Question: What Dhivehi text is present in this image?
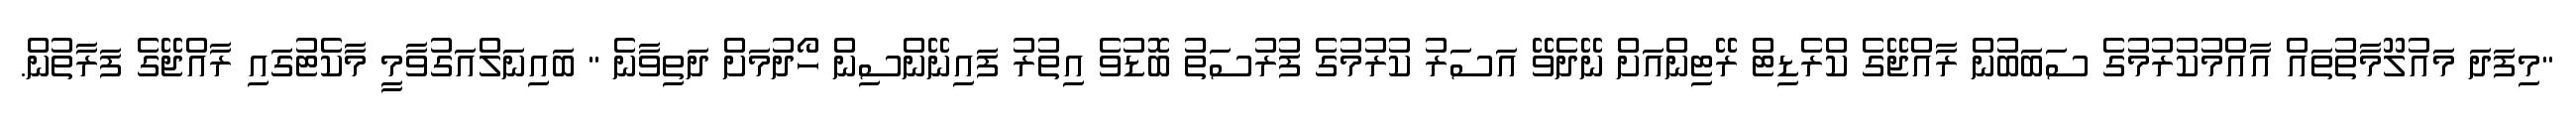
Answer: "މިފަދަ މައުލޫމާތުތައް އާއްމުކުރުމުގެ ސަބަބުން ރާއްޖޭގެ ކްރެޑިޓް ރޭޓިންއަށް ނޭދެވޭ އަސަރު ކުރުމުގެ ފުރުސަތު ބޮޑުވެ އިތުރު ފައިނޭންސިން ހޯދުމަށް ދަތިވާނެ " ބައިނަލްއަގުވާމީ މާކެޓުގައި ރާއްޖޭގެ ފަރާތުން.